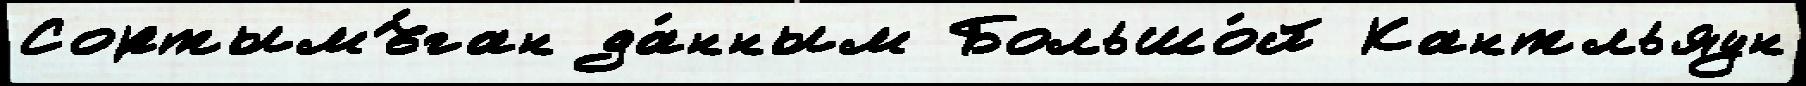
Сортымъ́ган да́нным Большо́й Кантльяун